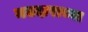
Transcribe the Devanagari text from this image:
मतदाराच्या